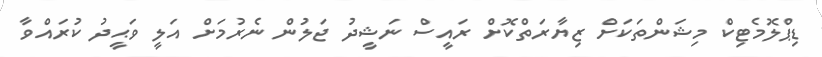
ޑިޕްލޮމެޓިކް މިޝަންތަކަށް ޒިޔާރަތްކޮށް ރައީސް ނަޝީދު ޖަލުން ނެރުމަށް އަލީ ވަޙީދު ކުރައްވާ